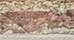
اعجبتك